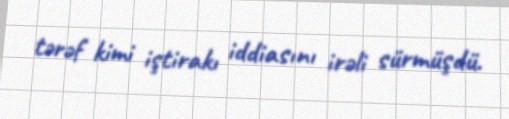
tərəf kimi iştirakı iddiasını irəli sürmüşdü.